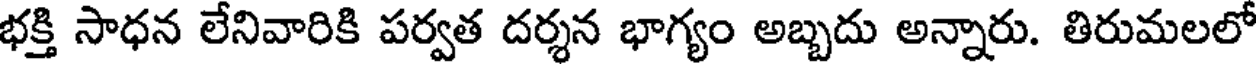
భక్తి సాధన లేనివారికి పర్వత దర్శన భాగ్యం అబ్బదు అన్నారు. తిరుమలలో